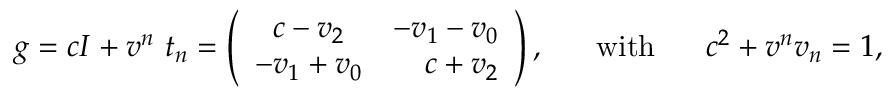
g = c I + v ^ { n } ~ t _ { n } = \left( \begin{array} { c r } { { c - v _ { 2 } } } & { { - v _ { 1 } - v _ { 0 } } } \\ { { - v _ { 1 } + v _ { 0 } } } & { { c + v _ { 2 } } } \end{array} \right) , ~ ~ ~ ~ ~ \mathrm { w i t h } ~ ~ ~ ~ ~ c ^ { 2 } + v ^ { n } v _ { n } = 1 ,